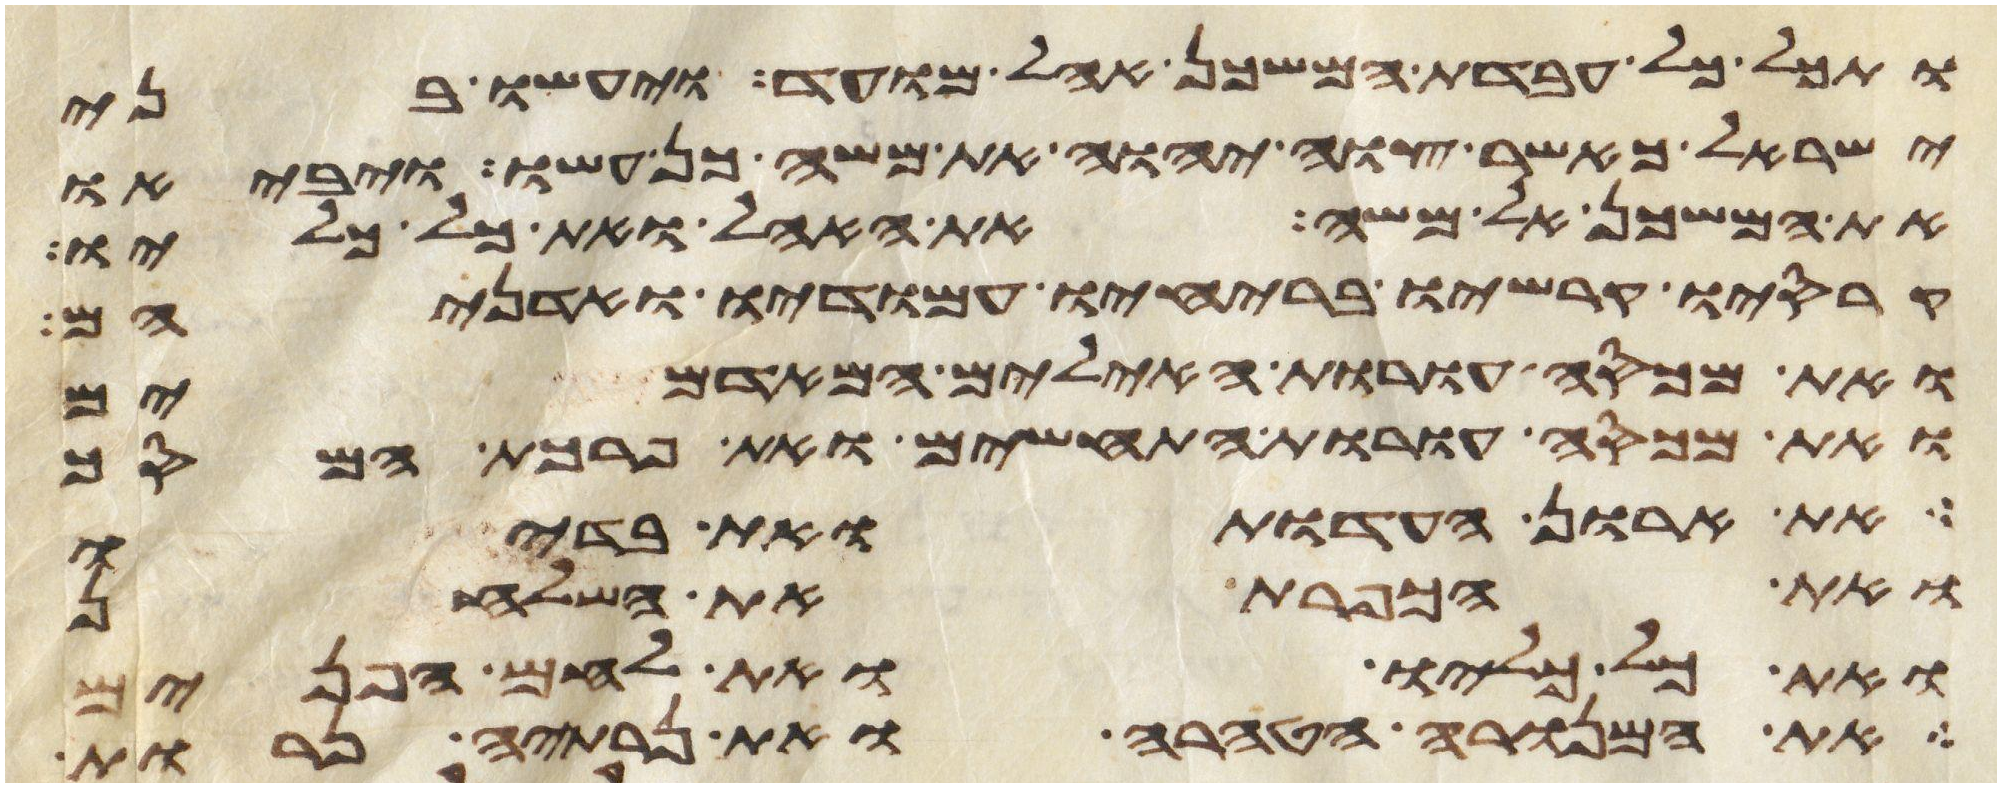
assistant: ותכל כל עבדת המשכן אהל מועד ויעשו בני
ישראל כאשר צוה יהוה את משה כן עשו ויביאו
את המשכן אל משה את האהל ואת כל כליו
קרסיו קרשיו בריחיו עמודיו ואדניהם
ואת מכסה עורת האילים המאדמים
ואת מכסה עורת התחשים ואת פרכת המסך
את ארון העדות ואת בדיו
ואת הכפרת את השלחן
ואת כל כליו ואת לחם הפנים
את המנורה הטהרה ואת נרתיה נרות